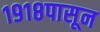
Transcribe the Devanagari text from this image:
१९१८पासून